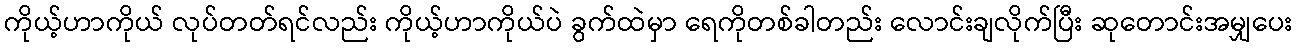
ကိုယ့်ဟာကိုယ် လုပ်တတ်ရင်လည်း ကိုယ့်ဟာကိုယ်ပဲ ခွက်ထဲမှာ ရေကိုတစ်ခါတည်း လောင်းချလိုက်ပြီး ဆုတောင်းအမျှပေး